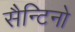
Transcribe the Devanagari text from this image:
सैन्टिनो